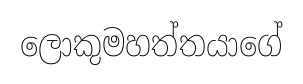
ලොකුමහත්තයාගේ